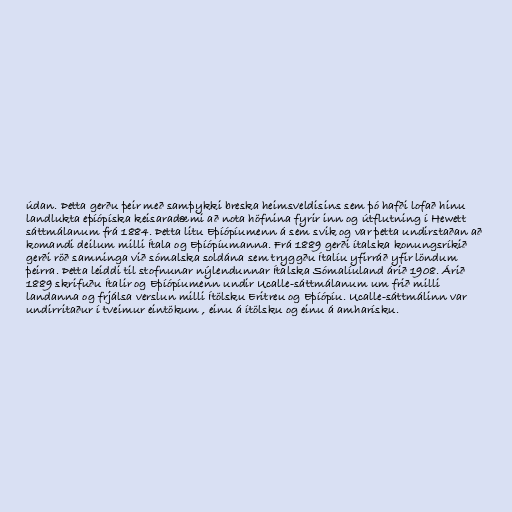
údan. Þetta gerðu þeir með samþykki breska heimsveldisins sem þó hafði lofað hinu
landlukta eþíópíska keisaradæmi að nota höfnina fyrir inn og útflutning í Hewett
sáttmálanum frá 1884. Þetta litu Eþíópíumenn á sem svik og var þetta undirstaðan að
komandi deilum milli Ítala og Eþíópíumanna. Frá 1889 gerði ítalska konungsríkið
gerði röð samninga við sómalska soldána sem tryggðu Ítalíu yfirráð yfir löndum
þeirra. Þetta leiddi til stofnunar nýlendunnar Ítalska Sómalíuland árið 1908. Árið
1889 skrifuðu Ítalir og Eþíópíumenn undir Ucalle-sáttmálanum um frið milli
landanna og frjálsa verslun milli Ítölsku Eritreu og Eþíópíu. Ucalle-sáttmálinn var
undirritaður í tveimur eintökum , einu á ítölsku og einu á amharísku.